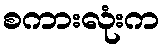
စကားလုံးက